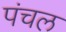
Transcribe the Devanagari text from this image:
पंचल